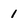
Character: 1